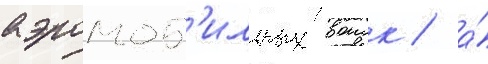
аэромоб'ильных воиск / а́